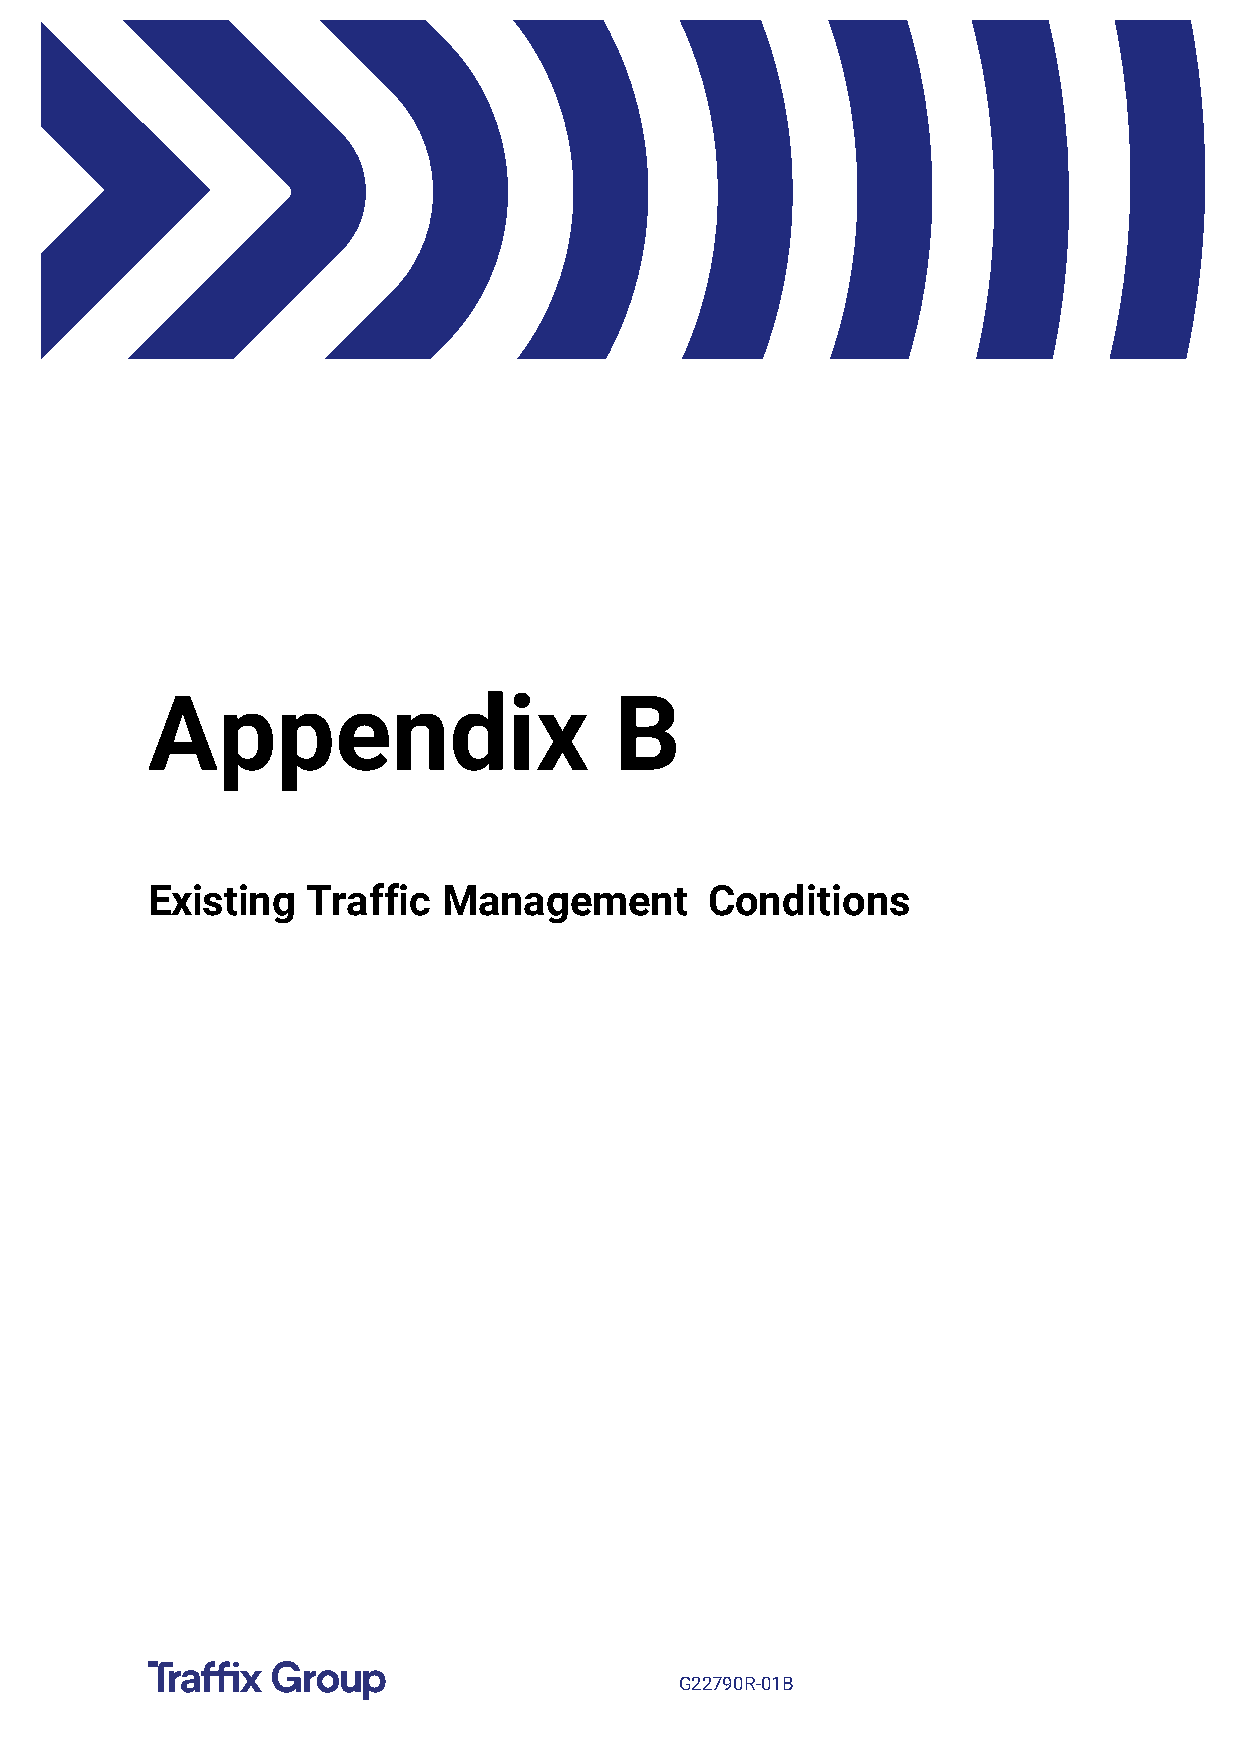
Appendix                       B
 ppendix
 Existing  Traffic  Management        Conditions
 Appendix B
 G22790R-01B